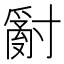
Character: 𱚢